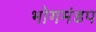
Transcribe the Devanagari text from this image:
भोगमंडप